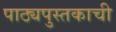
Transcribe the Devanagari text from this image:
पाठ्यपुस्तकाची